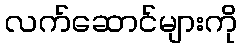
လက်ဆောင်များကို